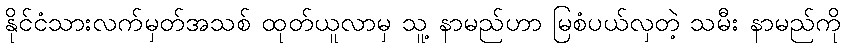
နိုင်ငံသားလက်မှတ်အသစ် ထုတ်ယူလာမှ သူ့ နာမည်ဟာ မြစံပယ်လှတဲ့ သမီး နာမည်ကို